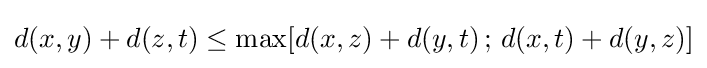
d(x,y)+d(z,t)\leq \max[d(x,z)+d(y,t)\,;\,d(x,t)+d(y,z)]